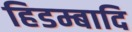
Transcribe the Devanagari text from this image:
हिडम्बादि